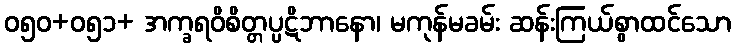
ဝ၅၀+ဝ၅၁+ အက္ခရဝိစိတ္တပ္ပဋိဘာနော၊ မကုန်မခမ်း ဆန်းကြယ်စွာထင်သော